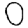
Digit: 0